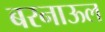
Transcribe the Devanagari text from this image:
बरनाऊल